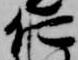
仁